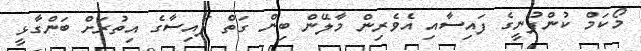
މޯކަމް ކުންފުނީގެ ފައިސާއި އެވެރިން މާލޭން ބިން ގަތް ފައިސާގެ އިތުރަށް ބަންގާޅީ